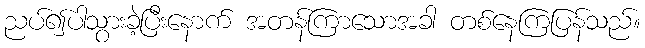
ညပ်၍ပါသွားခဲ့ပြီးနောက် အတန်ကြာသောအခါ တစ်နေကြပြန်သည်။